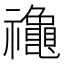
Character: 𮂪